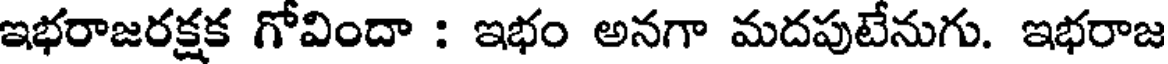
ఇభరాజరక్షక గోవిందా : ఇభం అనగా మదపుటేనుగు. ఇభరాజ